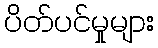
ပိတ်ပင်မှုများ